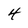
Character: 4